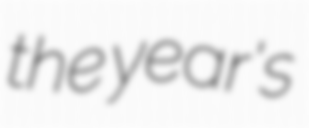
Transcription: the year's